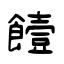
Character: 饐